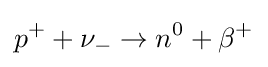
p^{+}+\nu _{-}\rightarrow n^{0}+\beta ^{+}